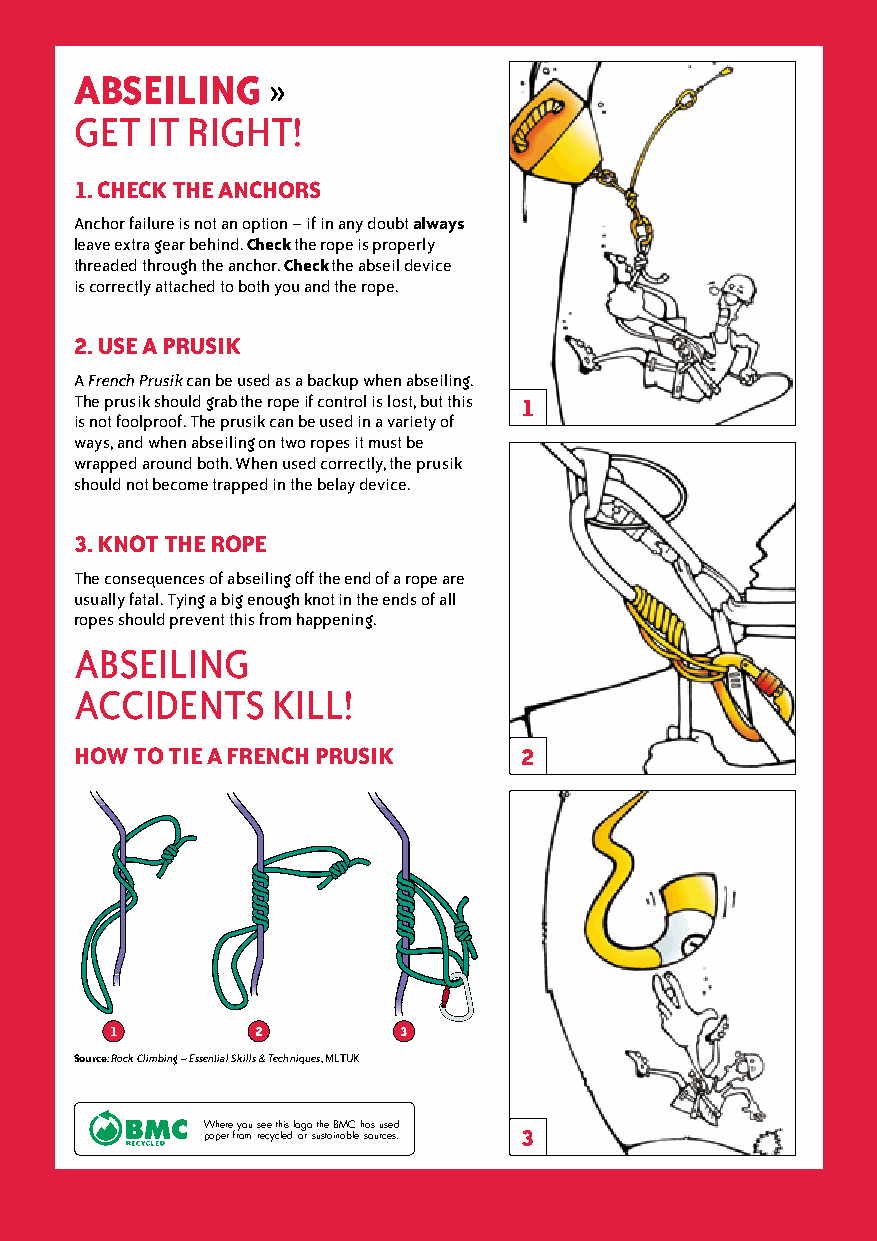
aBseiLing    »
 get  it right!
 1. CHeCK THe anCHOrs
 Anchor failure is not an option – if in any doubt always
 leave extra gear behind. Check the rope is properly
 threaded through the anchor. Check the abseil device
 is correctly attached to both you and the rope.
 2. use a prusiK
 A French Prusik can be used as a backup when abseiling.
 the prusik should grab the rope if control is lost, but this 1
 is not foolproof. the prusik can be used in a variety of
 ways, and when abseiling on two ropes it must be
 wrapped around both. When used correctly, the prusik
 should not become trapped in the belay device.
 3. KnOT THe rOpe
 the consequences of abseiling off the end of a rope are
 usually fatal. tying a big enough knot in the ends of all
 ropes should prevent this from happening.
 ABSeiling
 ACCidentS    kill!
 HOw TO Tie a frenCH prusiK    2
 1         2        3
 source: Rock Climbing – Essential Skills & Techniques, Mltuk
 Where you see this logo the BMC has used 3
 paper from recycled or sustainable sources.